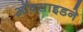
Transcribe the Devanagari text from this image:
ऑक्साइडने